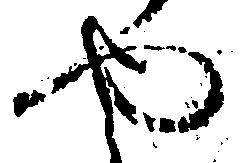
や